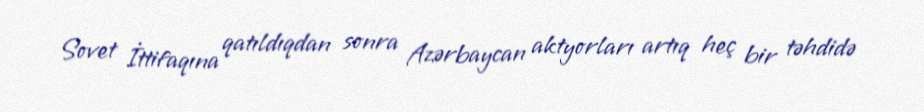
Sovet İttifaqına qatıldıqdan sonra Azərbaycan aktyorları artıq heç bir təhdidə